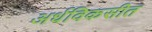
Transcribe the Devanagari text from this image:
अर्धविकसीत